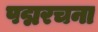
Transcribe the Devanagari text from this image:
पद्मरचना